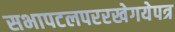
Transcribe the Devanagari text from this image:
सभापटलपररखेगयेपत्र